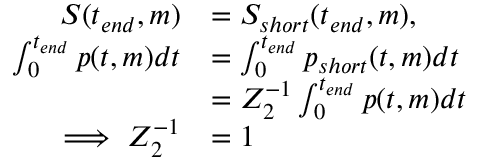
\begin{array} { r l } { S ( t _ { e n d } , m ) } & { = S _ { s h o r t } ( t _ { e n d } , m ) , } \\ { \int _ { 0 } ^ { t _ { e n d } } p ( t , m ) d t } & { = \int _ { 0 } ^ { t _ { e n d } } p _ { s h o r t } ( t , m ) d t } \\ & { = Z _ { 2 } ^ { - 1 } \int _ { 0 } ^ { t _ { e n d } } p ( t , m ) d t } \\ { \implies Z _ { 2 } ^ { - 1 } } & { = 1 } \end{array}